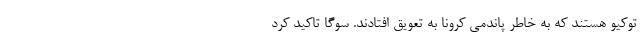
توکیو هستند که به خاطر پاندمی کرونا به تعویق افتادند. سوگا تاکید کرد